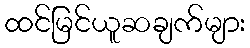
ထင်မြင်ယူဆချက်များ